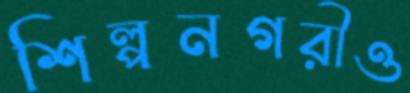
শিল্পনগরীও